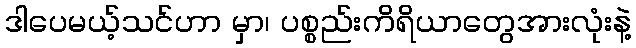
ဒါပေမယ့်သင်ဟာ မှာ၊ ပစ္စည်းကိရိယာတွေအားလုံးနဲ့